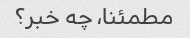
مطمئنا، چه خبر؟